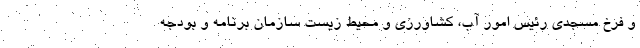
و فرخ مسجدی رئیس امور آب، کشاورزی و محیط زیست سازمان برنامه و بودجه